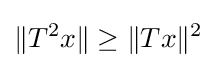
\|T^{2}x\|\geq \|Tx\|^{2}